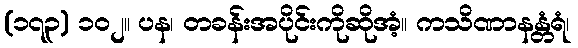
(၁၇၃) ၁၀၂။ ပန၊ တခန်းအပိုင်းကိုဆိုအံ့။ ကသိဏာနန္တံရံ၊